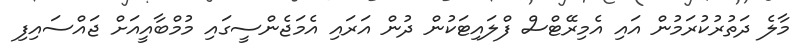
މާލެ ދަތުރުކުރަމުން އައި އެމިރޭޓްސް ފްލައިޓަކުން ދުން އަރައި އެމަޖެންސީގައި މުމްބާއީއަށް ޖައްސައިފި